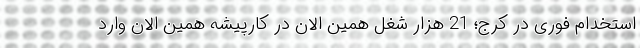
استخدام فوری در کرج؛ 21 هزار شغل همین الان در کارپیشه همین الان وارد